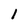
Character: 1